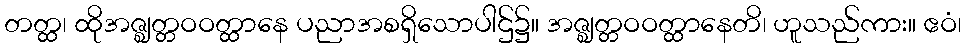
တတ္ထ၊ ထိုအဇ္ဈတ္တဝဝတ္ထာနေ ပညာအစရှိသောပါဌ်၌။ အဇ္ဈတ္တဝဝတ္ထာနေတိ၊ ဟူသည်ကား။ ဧဝံ၊